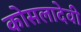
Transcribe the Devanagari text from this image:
कोसलादेवी